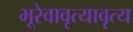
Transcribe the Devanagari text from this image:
भूरेवावृत्यावृत्य